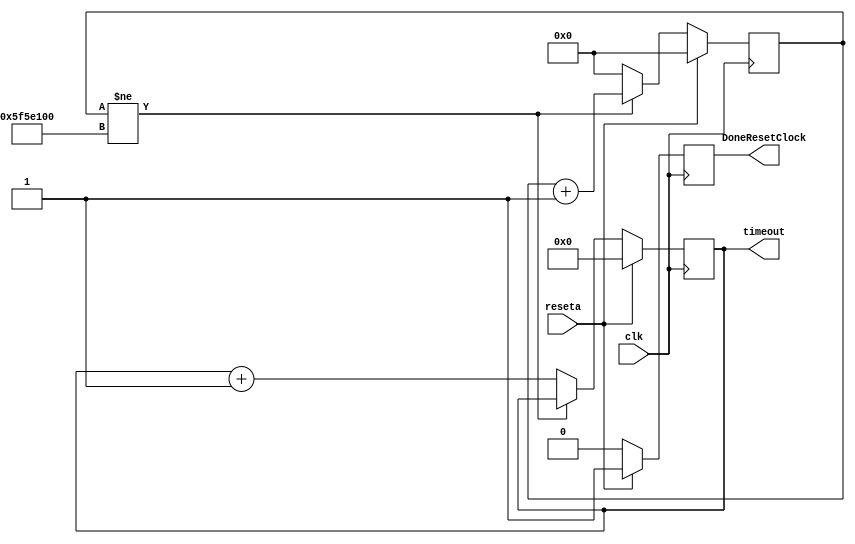
module clock_sim(
	 input reseta,
	 input clk,
    output [3:0] timeout,
	 output DoneResetClock
);

reg DoneReset;
reg [26:0]pulse;
reg [3:0]sec;
initial begin
	pulse = 0;
	DoneReset = 0;
	sec = 0;
end// initial

always@(posedge clk )begin
	if (reseta == 1) begin
		DoneReset = 1;
		pulse = 0;
		sec = 0;
	end
	else if (pulse != 100000000)begin
	//else if (pulse != 50000000)begin
	//else if (pulse != 1 )begin
		DoneReset = 0;
		pulse = pulse + 27'd1;
	end
	else begin
		DoneReset = 0;
		sec = sec + 4'd1;
		pulse = 0;
	end
	
end//always

assign timeout = sec;
assign DoneResetClock = DoneReset;

endmodule